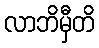
လာဘိမှီတိ